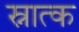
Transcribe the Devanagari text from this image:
स्नात्क